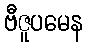
ဗီဇူပမေန